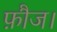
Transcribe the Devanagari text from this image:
फ़ौज।